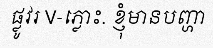
ផ្លូវរ V-ភ្លោះ. ខ្ញុំមានបញ្ហា